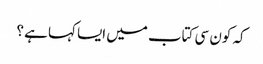
کہ کون سی کتاب میں ایسا کہا ہے ؟